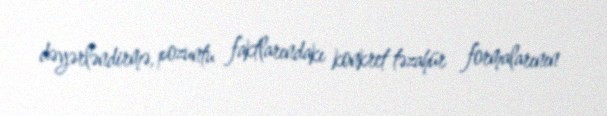
dəyərləndirmə, pozuntu faktlarındakı konkret təzahür formalarının